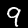
Label: 9